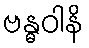
ဗန္ဓဝါနိ